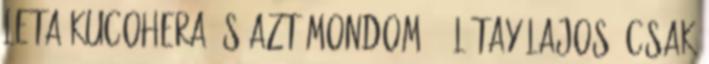
Leta Kucohera És azt mondom: 2 Létay Lajos: Csak